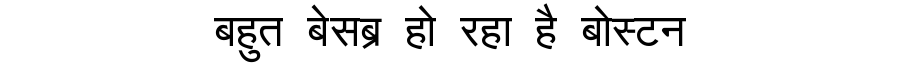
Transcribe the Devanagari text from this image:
बहुत बेसब्र हो रहा है बोस्टन